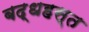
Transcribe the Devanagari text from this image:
बद्धहस्त